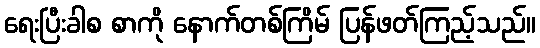
ရေးပြီးခါစ စာကို နောက်တစ်ကြိမ် ပြန်ဖတ်ကြည့်သည်။